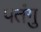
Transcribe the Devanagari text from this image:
पतंगु